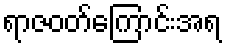
ရာဇဝတ်ကြောင်းအရ